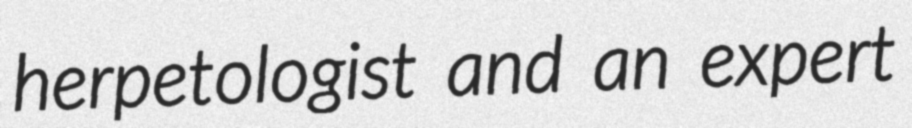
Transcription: herpetologist and an expert